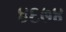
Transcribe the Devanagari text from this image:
४६७४